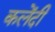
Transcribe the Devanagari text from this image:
कलेंदी